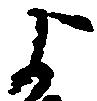
よ